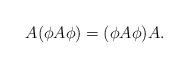
LaTeX: \begin{align*}A(\phi A\phi)=(\phi A\phi)A. \end{align*}